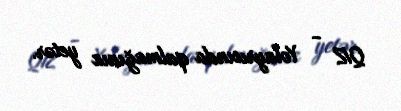
QIZ - Yolayrıcında qalmağınız yetər.